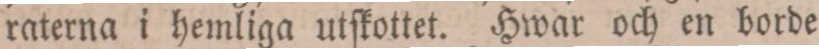
raterna i hemliga utſkottet. Hwar och en borde